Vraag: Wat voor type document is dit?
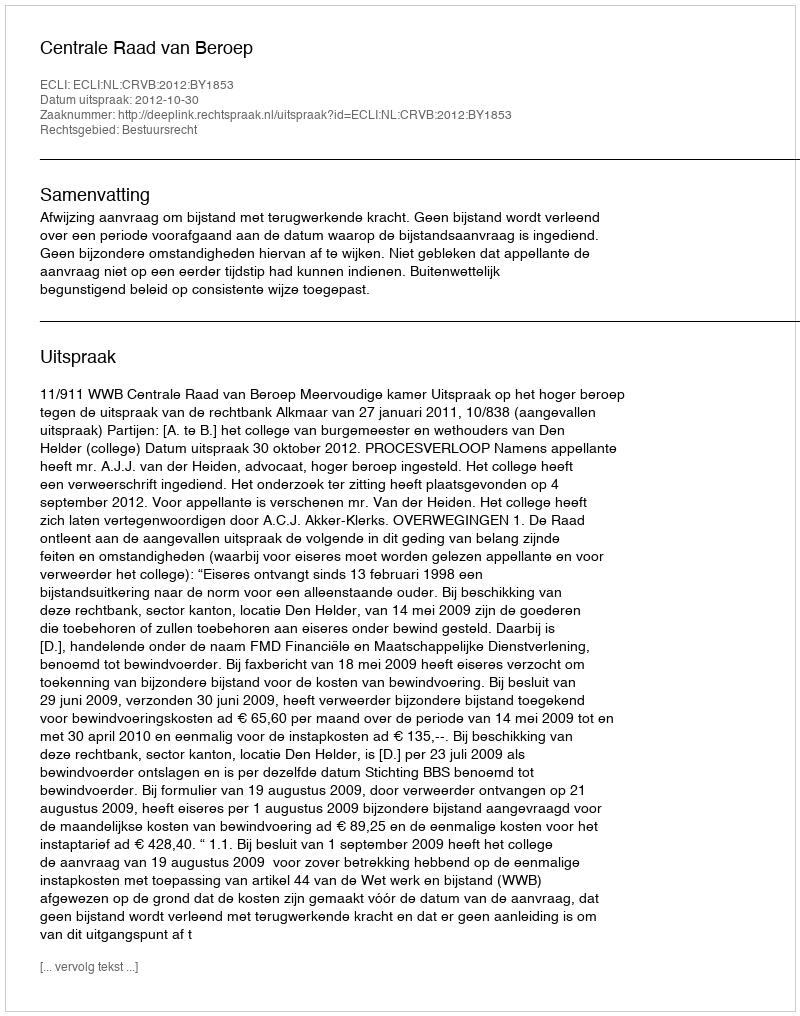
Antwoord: Uitspraak